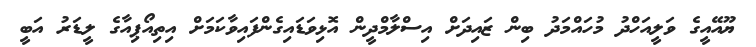
ޔޫއޭއީގެ ވަލީއަހްދު މުހައްމަދު ބިން ޒައިދަށް އިސްލާމްދީން އޮޅިވަޑައިގެންފައިވާކަމަށް އިތިއޯޕިއާގެ ލީޑަރު އަބީ